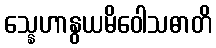
သ္နေဟာနွယမိဝေါသဓာတိ